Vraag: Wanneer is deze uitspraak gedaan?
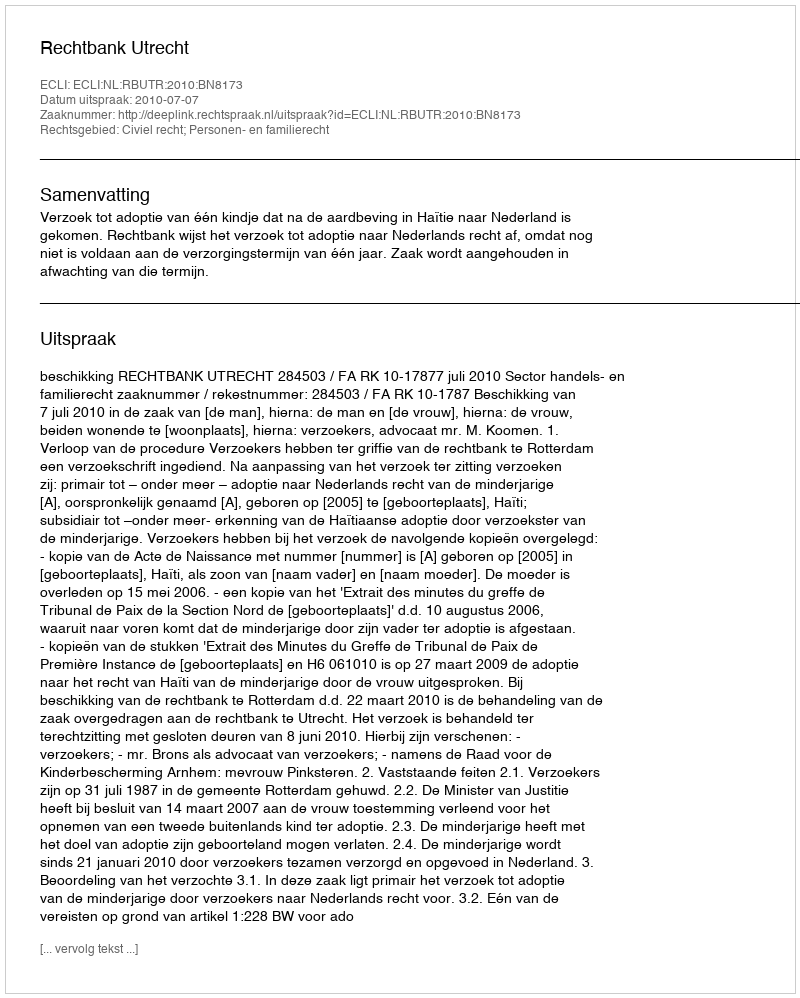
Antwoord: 2010-07-07